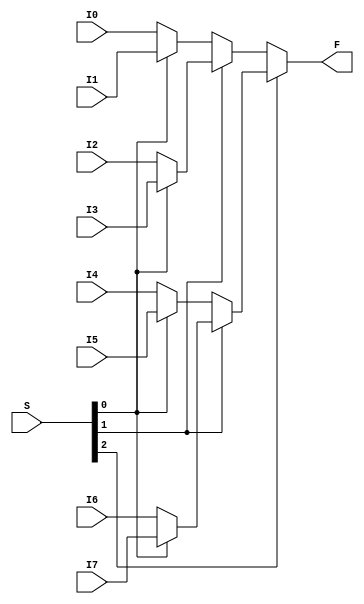
module Mux8to1_64bit(F, S, I0, I1, I2, I3, I4, I5, I6, I7);

	input [63:0]I0, I1, I2, I3, I4, I5, I6, I7;
	input [2:0]S;
	output [63:0]F;
	
	assign F = S[2] ? (S[1] ? (S[0] ? I7 : I6) : (S[0] ? I5 : I4)) : (S[1] ? (S[0] ? I3 : I2) : (S[0] ? I1 : I0));

endmodule